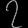
Digit: ၇